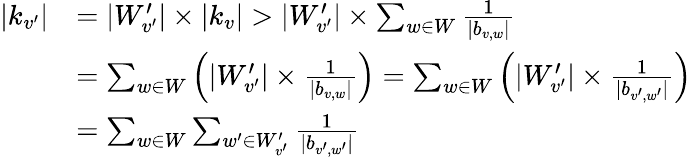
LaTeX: \begin{array}{rl}{|k_{v^{\prime}}|}&{=|W_{v^{\prime}}^{\prime}|\times|k_{v}|>|W_{v^{\prime}}^{\prime}|\times\sum_{w\in W}\frac{1}{|b_{v,w}|}}\\ &{=\sum_{w\in W}\left(|W_{v^{\prime}}^{\prime}|\times\frac{1}{|b_{v,w}|}\right)=\sum_{w\in W}\left(|W_{v^{\prime}}^{\prime}|\times\frac{1}{|b_{v^{\prime},w^{\prime}}|}\right)}\\ &{=\sum_{w\in W}\sum_{w^{\prime}\in W_{v^{\prime}}^{\prime}}\frac{1}{|b_{v^{\prime},w^{\prime}}|}}\end{array}